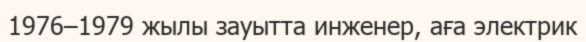
1976–1979 жылы зауытта инженер, аға электрик